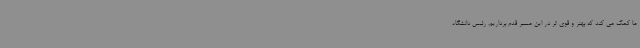
ما کمک می کند که بهتر و قوی تر در این مسیر قدم برداریم. رئیس دانشگاه